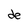
Character: M